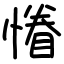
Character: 慻